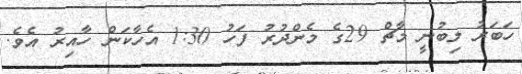
ހަބަރު ލިބުނީ މާޗް 29ގެ މެންދުރު ފަހު 1:30 އެހާކަން ހާއިރު އެވެ.